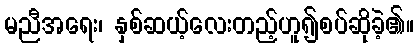
မညီအရေး၊ နှစ်ဆယ့်လေးတည့်ဟူ၍စပ်ဆိုခဲ့၏။